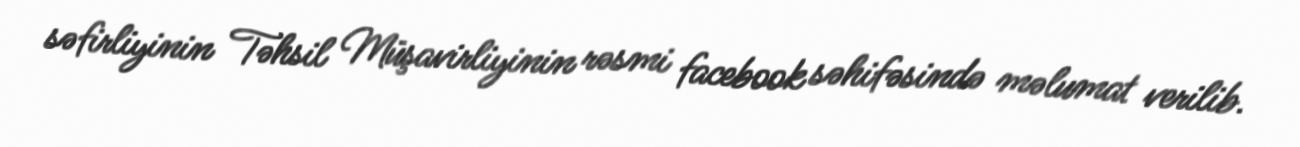
səfirliyinin Təhsil Müşavirliyinin rəsmi facebook səhifəsində məlumat verilib.